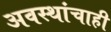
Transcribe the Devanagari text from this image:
अवस्थांचाही